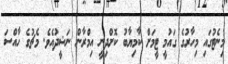
މިނެޓުގައި މިހާރުގެ ގައުމީ ޓީމަށް ކާމިޔާބު ކޮށްދިނީ އިމްރާން ނަޝީދުއެވެ. މެޗުގެ ހާއްސަ